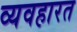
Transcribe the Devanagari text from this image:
व्‍यवहारत